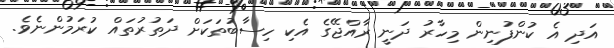
އަދި އެ ކުންފުނިން މިހާރު ދަނީ ރާއްޖޭގެ އެކި ހިސާބުތަކަށް ދަތުރުތައް ކުރަމުންނެވެ.